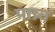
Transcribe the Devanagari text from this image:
पाष्र्व